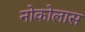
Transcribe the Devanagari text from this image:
नोकोलास